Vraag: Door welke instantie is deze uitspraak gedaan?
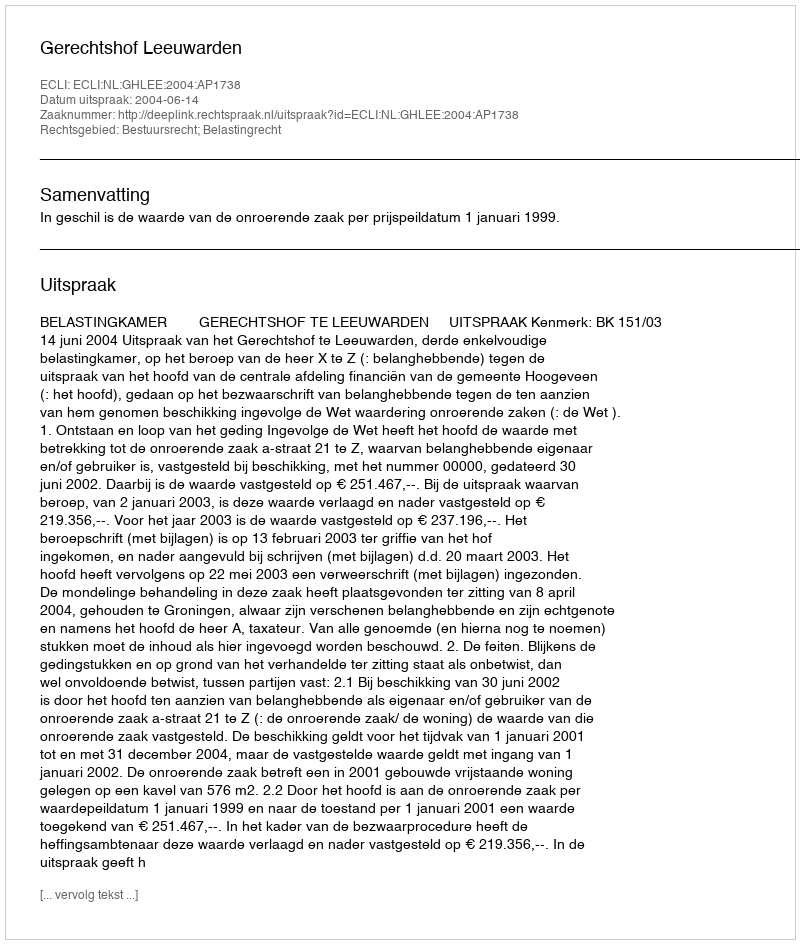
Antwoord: Gerechtshof Leeuwarden